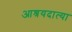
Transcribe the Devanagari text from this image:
आश्रयदात्या